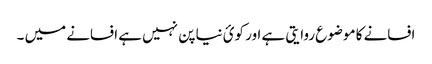
افسانے کا موضوع روایتی ہے اور کوئ نیا پن نہیں ہے افسانے میں ۔